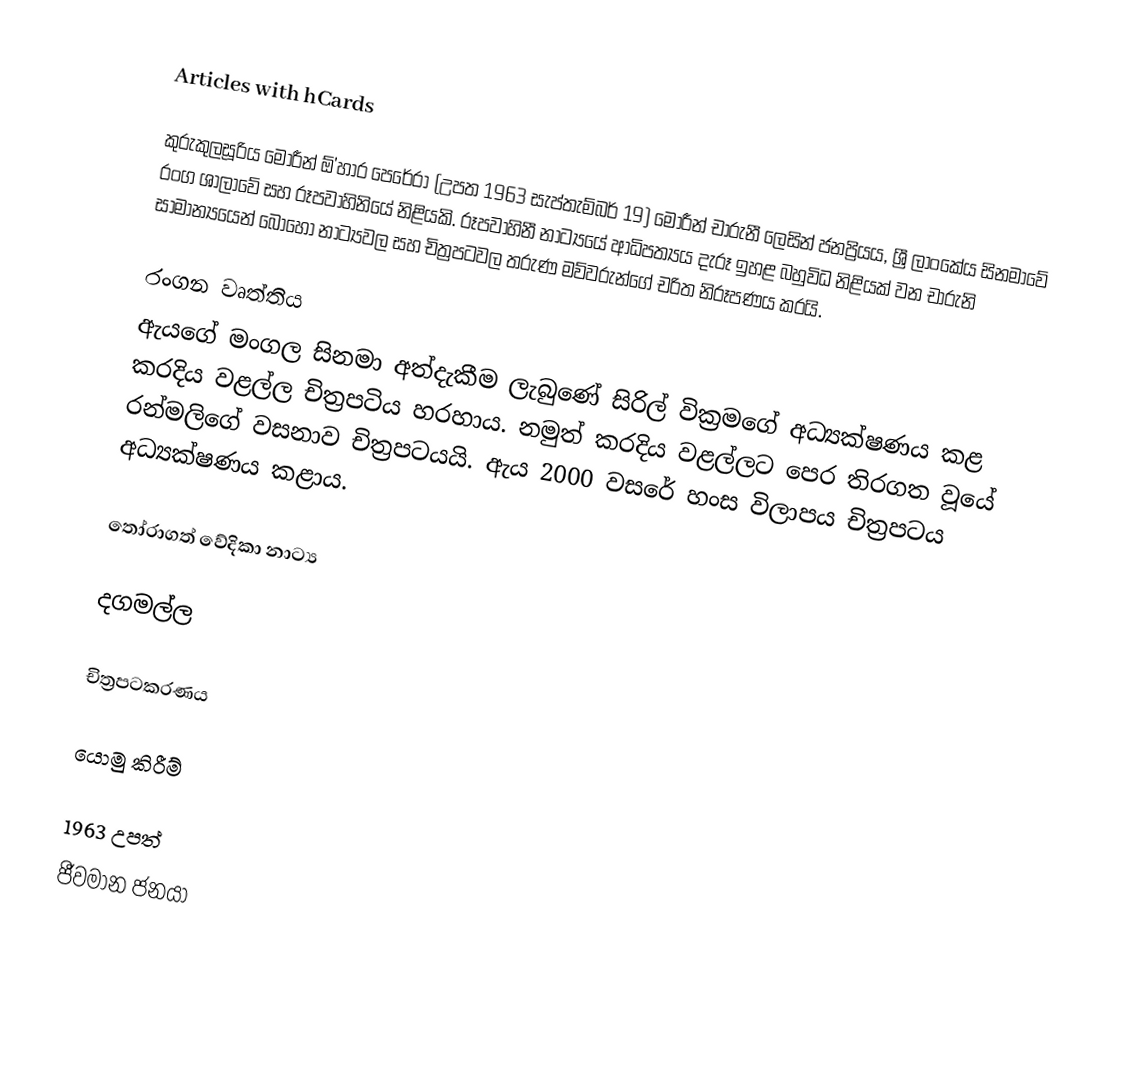
Articles with hCards

කුරුකුලසූරිය මොරීන් ඕ'හාර පෙරේරා (උපත 1963 සැප්තැම්බර් 19)  මොරීන් චාරුනී ලෙසින් ජනප්‍රියය, ශ්‍රී ලාංකේය සිනමාවේ  රංග ශාලාවේ සහ රූපවාහිනියේ නිළියකි. රූපවාහිනී නාට්‍යයේ ආධිපත්‍යය දැරූ ඉහළ බහුවිධ නිළියක් වන චාරුනි සාමාන්‍යයෙන් බොහෝ නාට්‍යවල සහ චිත්‍රපටවල තරුණ මව්වරුන්ගේ චරිත නිරූපණය කරයි.

රංගන වෘත්තිය
ඇයගේ මංගල සිනමා අත්දැකීම ලැබුණේ සිරිල් වික්‍රමගේ අධ්‍යක්ෂණය කළ කරදිය වළල්ල චිත්‍රපටිය හරහාය. නමුත් කරදිය වළල්ලට පෙර තිරගත වූයේ රන්මලිගේ වසනාව චිත්‍රපටයයි. ඇය 2000 වසරේ හංස විලාපය චිත්‍රපටය අධ්‍යක්ෂණය කළාය.

තෝරාගත් වේදිකා නාට්‍ය

 දගමල්ල

චිත්‍රපටකරණය

යොමු කිරීම්

1963 උපත්
ජීවමාන ජනයා